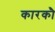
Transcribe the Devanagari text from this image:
कारकौ